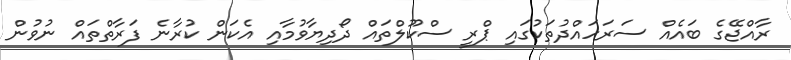
ރާއްޖޭގެ ބައެއް ސަރަހައްދުތަކުގައި ޕްރީ ސްކޫލްތައް ދޯދިޔާވުމާއި އެކަން ކުރާނެ ފަރާތްތައް ނުވުން